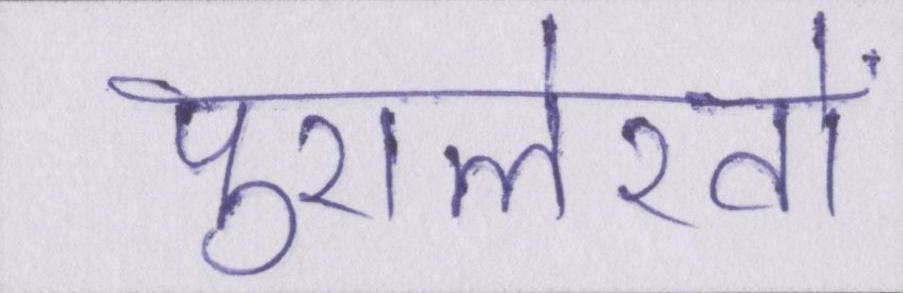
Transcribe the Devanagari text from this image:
पुरालेखों